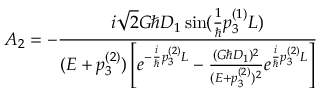
A _ { 2 } = - \frac { i \sqrt { 2 } G \hbar D _ { 1 } \sin ( \frac { 1 } { \hbar } p _ { 3 } ^ { ( 1 ) } L ) } { ( E + p _ { 3 } ^ { ( 2 ) } ) \left[ e ^ { - \frac { i } { \hbar } p _ { 3 } ^ { ( 2 ) } L } - \frac { ( G \hbar D _ { 1 } ) ^ { 2 } } { ( E + p _ { 3 } ^ { ( 2 ) } ) ^ { 2 } } e ^ { \frac { i } { \hbar } p _ { 3 } ^ { ( 2 ) } L } \right] }